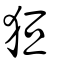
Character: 狟